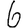
Digit: 6